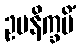
ဥပနိက္ခမိံ